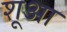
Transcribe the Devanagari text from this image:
शूआ